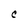
Character: C